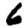
Digit: 6